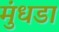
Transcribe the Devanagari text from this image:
मुंधडा